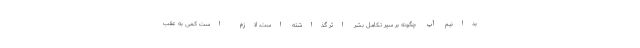
بدانیم آب چگونه بر سیر تکامل بشر اثر گذاشته است، لازم است کمی به عقب